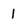
Character: 1